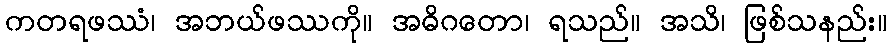
ကတရဖဿံ၊ အဘယ်ဖဿကို။ အဓိဂတော၊ ရသည်။ အသိ၊ ဖြစ်သနည်း။